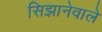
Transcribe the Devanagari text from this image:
सिझानेवाले